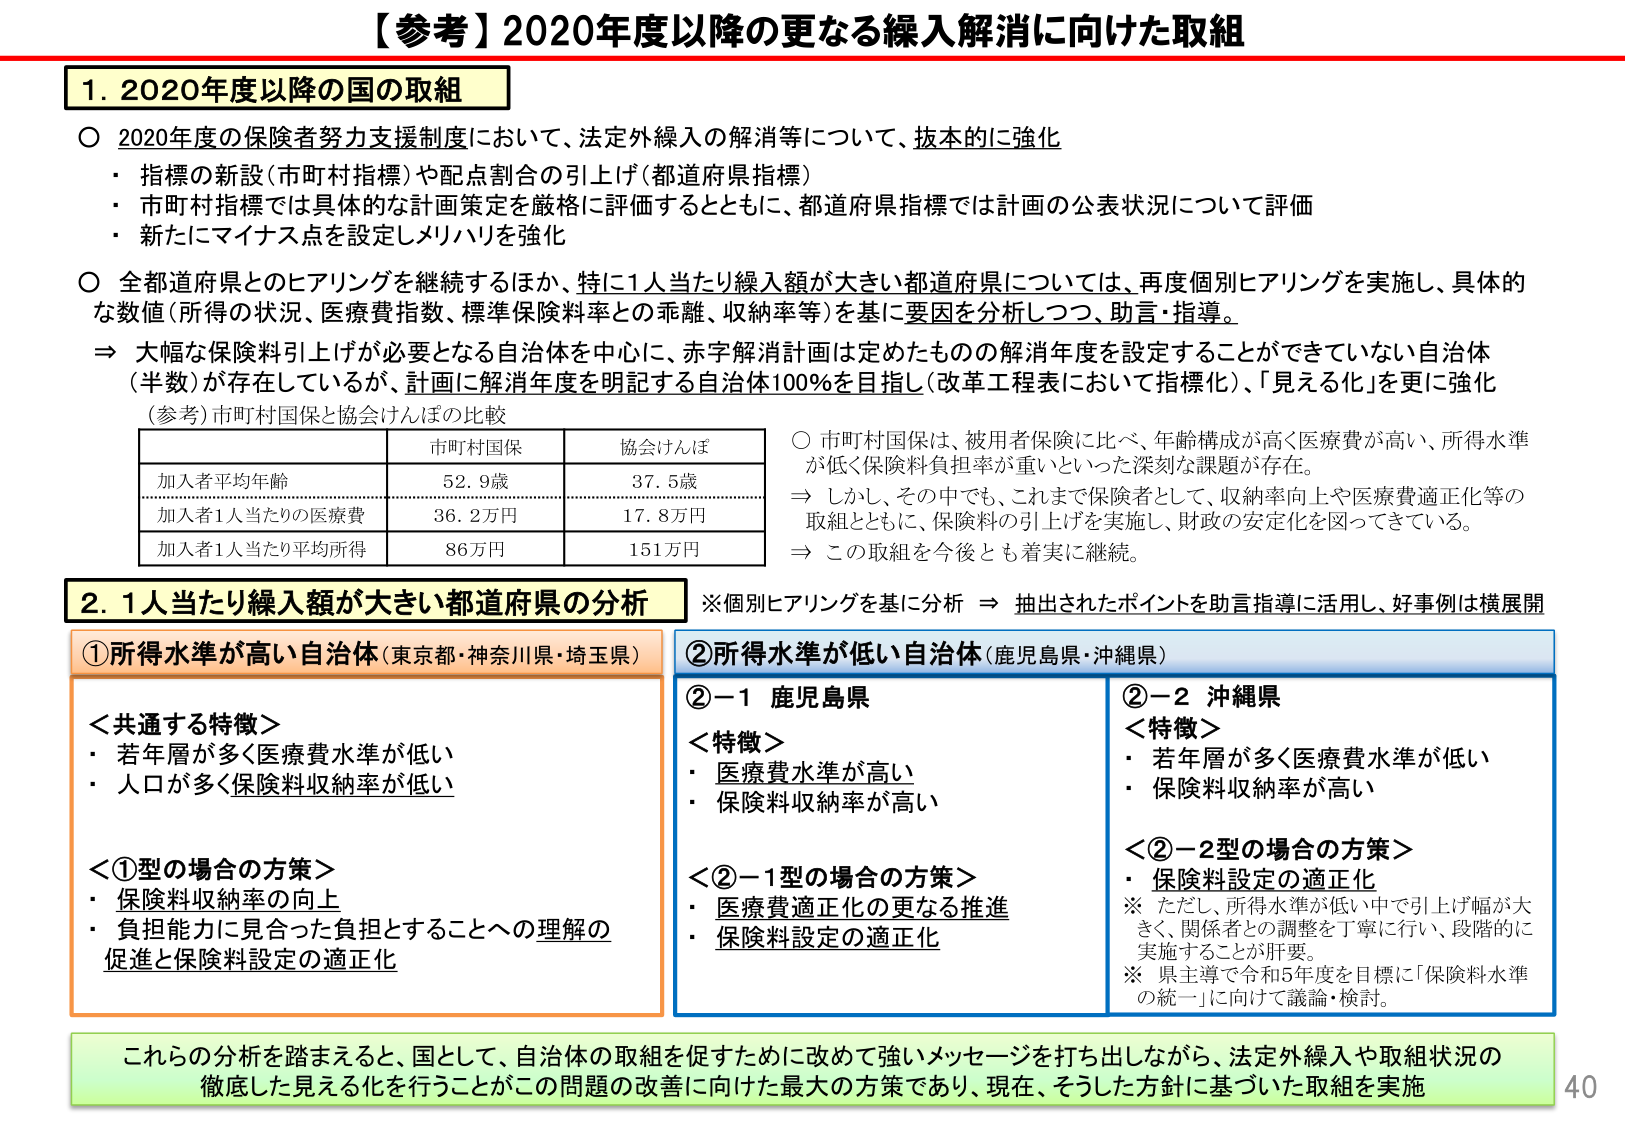
【参考】2020年度以降の更なる繰入解消に向けた取組

1. 2020年度以降の国の取組

○ 2020年度の保険者努力支援制度において、法定外繰入の解消等について、抜本的に強化
・ 指標の新設（市町村指標）や配点割合の引上げ（都道府県指標）
・ 市町村指標では具体的な計画策定を厳格に評価するとともに、都道府県指標では計画の公表状況について評価
・ 新たにマイナス点を設定しメリハリを強化

○ 全都道府県とのヒアリングを継続するほか、特に1人当たり繰入額が大きい都道府県については、再度個別ヒアリングを実施し、具体的な数値（所得の状況、医療費指数、標準保険料率との乖離、収納率等）を基に要因を分析しつつ、助言・指導。

⇒ 大幅な保険料引上げが必要となる自治体を中心に、赤字解消計画は定めたものの解消年度を設定することができていない自治体（半数）が存在しているが、計画に解消年度を明記する自治体100％を目指し（改革工程表において指標化）、「見える化」を更に強化

（参考）市町村国保と協会けんぽの比較

| | 市町村国保 | 協会けんぽ |
|---|---|---|
| 加入者平均年齢 | 52.9歳 | 37.5歳 |
| 加入者1人当たりの医療費 | 36.2万円 | 17.8万円 |
| 加入者1人当たり平均所得 | 86万円 | 151万円 |

○ 市町村国保は、被用者保険に比べ、年齢構成が高く医療費が高い、所得水準が低く保険料負担率が重いといった深刻な課題が存在。
⇒ しかし、その中でも、これまで保険者として、収納率向上や医療費適正化等の取組とともに、保険料の引上げを実施し、財政の安定化を図ってきている。
⇒ この取組を今後とも着実に継続。

2. 1人当たり繰入額が大きい都道府県の分析
※個別ヒアリングを基に分析 ⇒ 抽出されたポイントを助言指導に活用し、好事例は横展開

①所得水準が高い自治体（東京都・神奈川県・埼玉県）

＜共通する特徴＞
・ 若年層が多く医療費水準が低い
・ 人口が多く保険料収納率が低い

＜①型の場合の方策＞
・ 保険料収納率の向上
・ 負担能力に見合った負担とすることへの理解の促進と保険料設定の適正化

②所得水準が低い自治体（鹿児島県・沖縄県）

②－1 鹿児島県
＜特徴＞
・ 医療費水準が高い
・ 保険料収納率が高い

＜②－1型の場合の方策＞
・ 医療費適正化の更なる推進
・ 保険料設定の適正化

②－2 沖縄県
＜特徴＞
・ 若年層が多く医療費水準が低い
・ 保険料収納率が高い

＜②－2型の場合の方策＞
・ 保険料設定の適正化
※ ただし、所得水準が低い中で引上げ幅が大きく、関係者との調整を丁寧に行い、段階的に実施することが肝要。
※ 県主導で令和5年度を目標に「保険料水準の統一」に向けて議論・検討。

これら の分析を踏まえると、国として、自治体の取組を促すために改めて強いメッセージを打ち出しながら、法定外繰入や取組状況の徹底した見える化を行うことがこの問題の改善に向けた最大の方策であり、現在、そうした方針に基づいた取組を実施

40